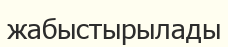
жабыстырылады